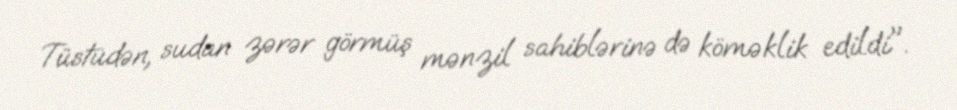
Tüstüdən, sudan zərər görmüş mənzil sahiblərinə də köməklik edildi".